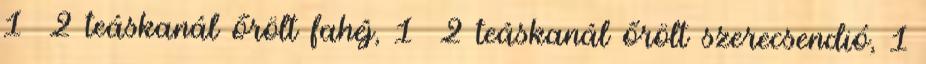
1 2 teáskanál őrölt fahéj, 1 2 teáskanál őrölt szerecsendió, 1